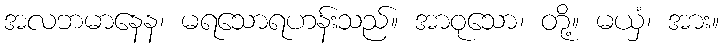
အလဘမာနေန၊ မရသောရဟန်းသည်။ အာဝုသော၊ တို့။ မယှံ၊ အား။